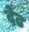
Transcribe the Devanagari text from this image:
द़ेढ